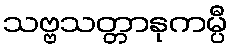
သဗ္ဗသတ္တာနုကမ္ပီ